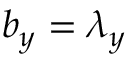
b _ { y } = \lambda _ { y }